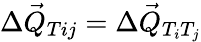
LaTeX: \Delta\vec{Q}_{Tij}=\Delta\vec{Q}_{T_{i}T_{j}}